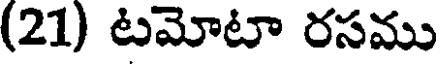
(21) టమోటా రసము